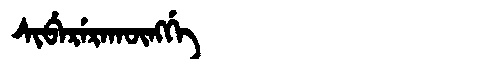
Manchu: ᠰᡳᠪᡝᡵᡝᡵᠠᡴᡡᠩᡤᡝ
Romanization: SIBERERAKŪNGGE